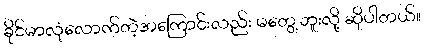
ခိုင်မာလုံလောက်တဲ့အကြောင်းလည်း မတွေ့ဘူးလို့ ဆိုပါတယ်။